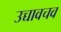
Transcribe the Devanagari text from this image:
उच्चावचव